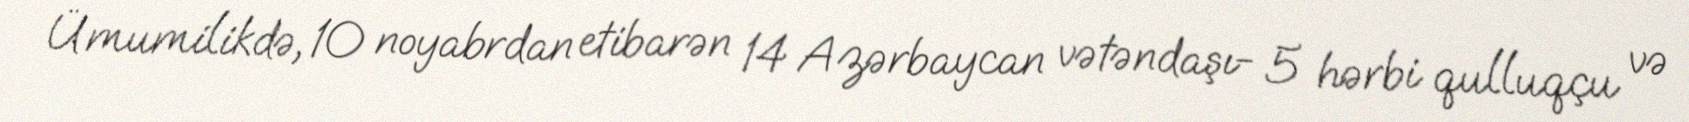
Ümumilikdə, 10 noyabrdan etibarən 14 Azərbaycan vətəndaşı- 5 hərbi qulluqçu və